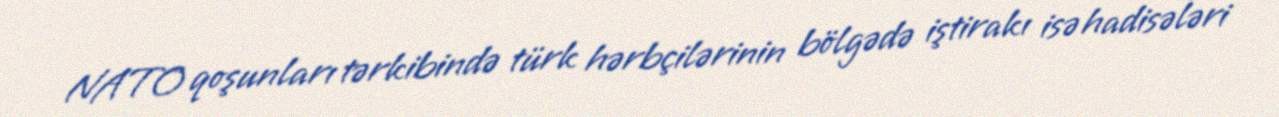
NATO qoşunları tərkibində türk hərbçilərinin bölgədə iştirakı isə hadisələri